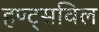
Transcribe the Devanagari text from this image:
हण्ट्सविल